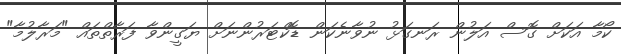
ކޯމާ އަކަށް ގޮސް އަލުން ރަނގަޅު ނުވާނެކަން ޑޮކްޓަރުންނަށް ޔަގީންވާ ފަރާތްތައް "މަރާލުމާ"